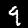
Label: 9